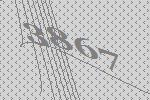
3867